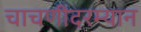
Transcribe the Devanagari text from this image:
चाचणीदरम्यान